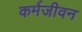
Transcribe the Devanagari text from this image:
कर्मजीवन